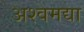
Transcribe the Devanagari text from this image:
अश्वमद्या